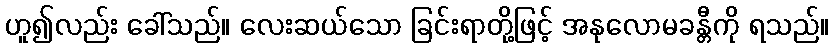
ဟူ၍လည်း ခေါ်သည်။ လေးဆယ်သော ခြင်းရာတို့ဖြင့် အနုလောမခန္တီကို ရသည်။